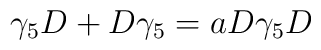
\gamma_{5}D + D\gamma_{5} = aD\gamma_{5}D